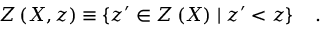
{ \cal Z } \left( X , z \right) \equiv \left\{ z ^ { \prime } \in { \cal Z } \left( X \right) \mid z ^ { \prime } < z \right\} \quad .